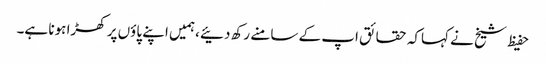
حفیظ شیخ نے کہاکہ حقائق اپ کے سامنے رکھ دئیے ،ہمیں اپنے پاؤں پر کھڑا ہونا ہے۔